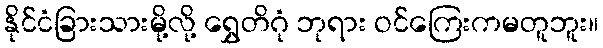
နိုင်ငံခြားသားမို့လို့ ရွှေတိဂုံ ဘုရား ဝင်ကြေးကမတူဘူး။